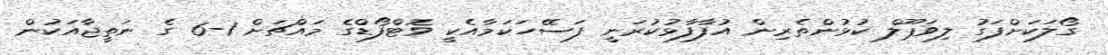
ގޯލަކަށްފަގު ލިވަޕޫލް ކުޅުންތެރިން އުފާފާޅުކުރަނީ ފަސޭހަކަމާއެކީ ވޮޓްފޯޑްގެ މައްޗަށް 1-6 ގެ ނަތީޖާއަކުން